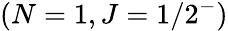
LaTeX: (N=1,J=1/2^{-})